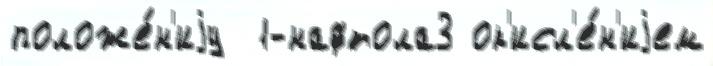
положе́н'иjу  1-нафтола3 ок'исл'е́н'иjем